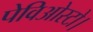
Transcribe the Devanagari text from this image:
पेविओस्टो।